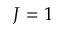
J = 1